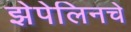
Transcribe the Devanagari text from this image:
झेपेलिनचे